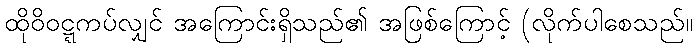
ထိုဝိဝဋ္ဋကပ်လျှင် အကြောင်းရှိသည်၏ အဖြစ်ကြောင့် (လိုက်ပါစေသည်။